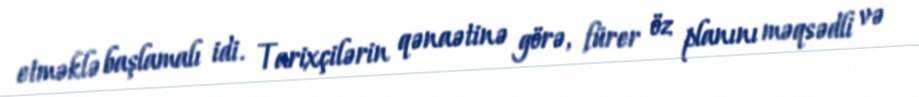
etməklə başlamalı idi. Tarixçilərin qənaətinə görə, fürer öz planını məqsədli və